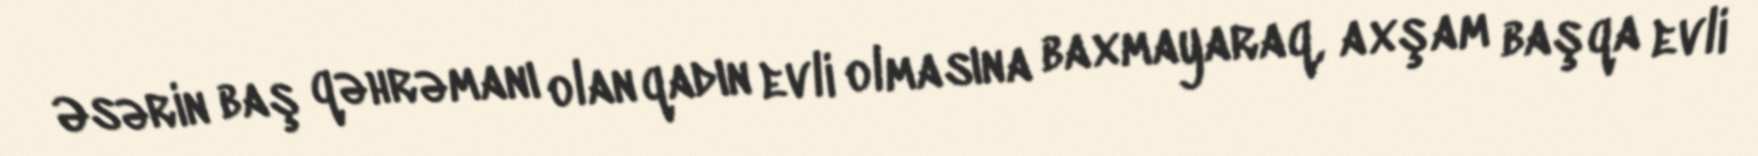
Əsərin baş qəhrəmanı olan qadın evli olmasına baxmayaraq, axşam başqa evli